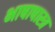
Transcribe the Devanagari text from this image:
भाषाषास्त्र